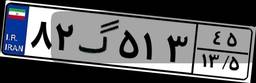
۸۲گ۵۱۳۴۵